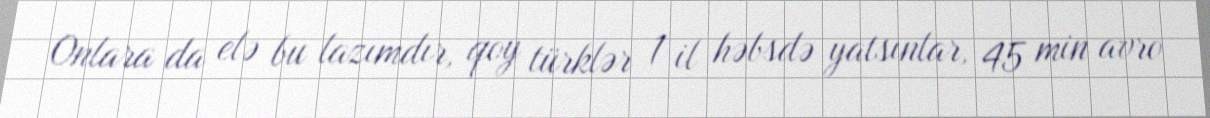
Onlara da elə bu lazımdır, qoy türklər 1 il həbsdə yatsınlar, 45 min avro